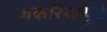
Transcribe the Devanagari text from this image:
ज़करियायुटे